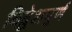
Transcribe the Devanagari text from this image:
विद्वेशपूर्ण